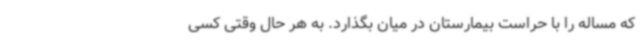
که مساله را با حراست بیمارستان در میان بگذارد. به‌ هر حال وقتی کسی